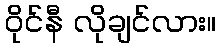
ဝိုင်နီ လိုချင်လား။